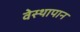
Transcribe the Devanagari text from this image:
वेस्थापान